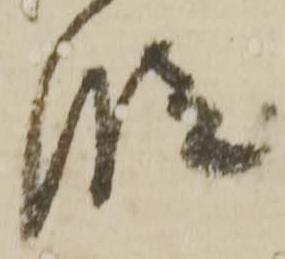
段